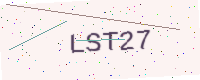
Text: LST27